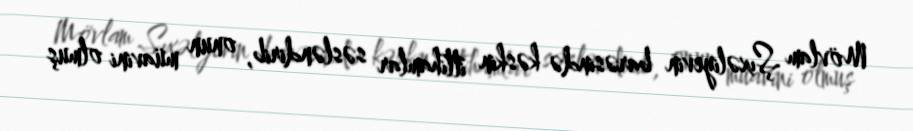
Mövlam Şıxəliyevin barəsində kəskin ittihamlar səsləndirib, onun müavini olmuş